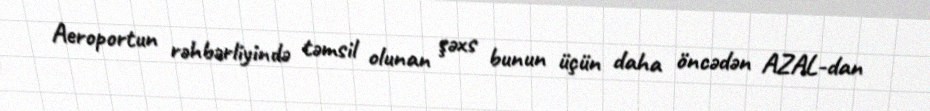
Aeroportun rəhbərliyində təmsil olunan şəxs bunun üçün daha öncədən AZAL-dan